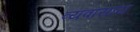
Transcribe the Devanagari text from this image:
व्यवासाय